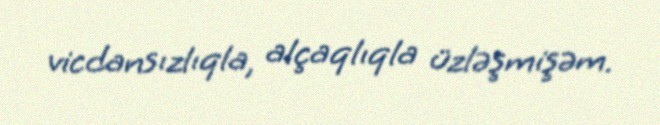
vicdansızlıqla, alçaqlıqla üzləşmişəm.